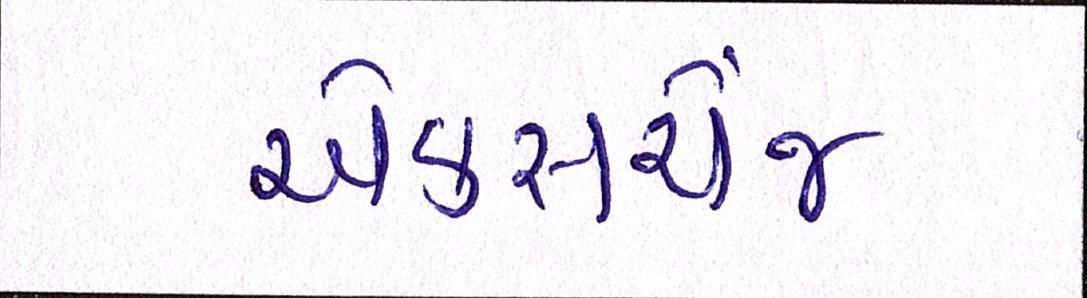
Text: એક્સચેંજ